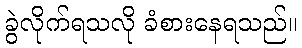
ခွဲလိုက်ရသလို ခံစားနေရသည်။